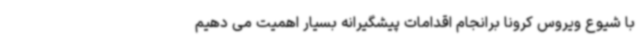
با شیوع ویروس کرونا برانجام اقدامات پیشگیرانه بسیار اهمیت می دهیم